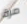
مرة